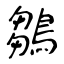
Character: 鶵